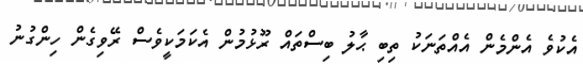
އެކުވެ އެންމެން އެއްތަނަކު ތިބި ޙާލު ބިސްތައް ރޫޅުމުން އެކަމަކީވެސް ރޭވިގެން ހިންގުނު